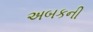
અબકની